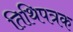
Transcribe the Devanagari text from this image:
तिथिपत्रक